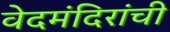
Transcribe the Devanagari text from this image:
वेदमंदिरांची